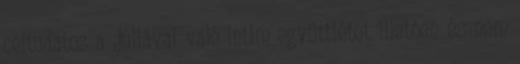
céltudatos a Júliával való intim együttlétet illetõen és nem